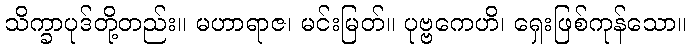
သိက္ခာပုဒ်တို့တည်း။ မဟာရာဇ၊ မင်းမြတ်။ ပုဗ္ဗကေဟိ၊ ရှေးဖြစ်ကုန်သော။